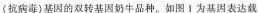
(抗病毒)基因的双转基因奶牛品种。如图1为基因表达载